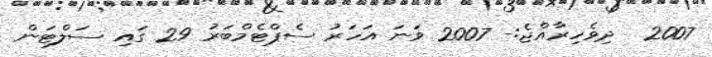
2007  ދިވެހިރާއްޖެ:- 2007 ވަނަ އަހަރު ސެޕްޓެމްބަރު 29 ގައި ސަލްޓަން